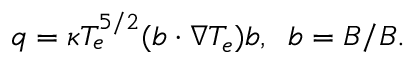
\boldsymbol { q } = \kappa T _ { e } ^ { 5 / 2 } ( \boldsymbol { b } \cdot \nabla T _ { e } ) \boldsymbol { b } , \; \; \boldsymbol { b } = \boldsymbol { B } / B .